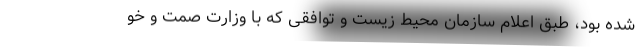
شده بود، طبق اعلام سازمان محیط زیست و توافقی که با وزارت صمت و خو